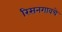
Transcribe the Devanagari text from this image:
रिसनगावचे